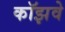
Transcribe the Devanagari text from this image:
कॉझवे